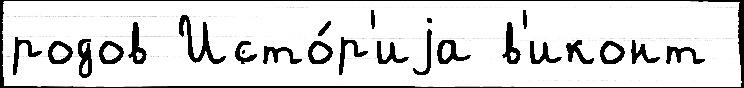
родов Исто́р'иjа в'иконт